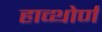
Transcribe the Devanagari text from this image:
हाव्थोर्ण